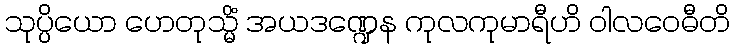
သုပ္ပိယော ဟေတုသ္မိံ အယဒဏ္ဍေန ကုလကုမာရီဟိ ဝါလဝေဓီတိ